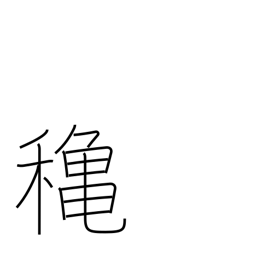
Meaning: autumn